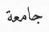
جامعة